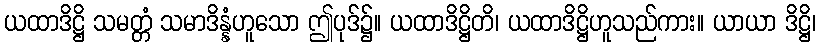
ယထာဒိဋ္ဌိ သမတ္တံ သမာဒိန္နံဟူသော ဤပုဒ်၌။ ယထာဒိဋ္ဌိတိ၊ ယထာဒိဋ္ဌိဟူသည်ကား။ ယာယာ ဒိဋ္ဌိ၊